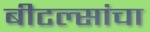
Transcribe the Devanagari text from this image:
बीटल्सांचा